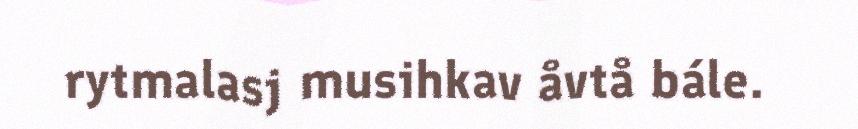
rytmalasj musihkav åvtå bále.